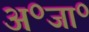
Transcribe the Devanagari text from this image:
अ॰जा॰